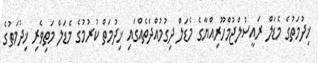
ޚިދުމަތުގެ މެޑަލް ރައީސުލްޖުމްހޫރިއްޔާގެ މެޑަލް ދިގުމުއްދަތެއްގައި ޚިދުމަތް ކުރުމުގެ މެޑަލް މަތިވެރި ޚިދުމަތުގެ